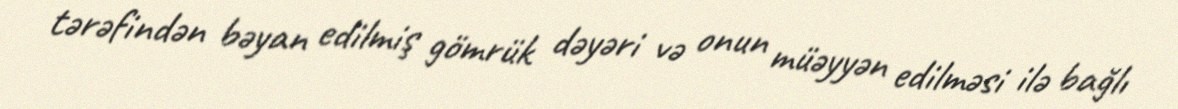
tərəfindən bəyan edilmiş gömrük dəyəri və onun müəyyən edilməsi ilə bağlı